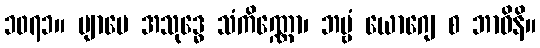
၁၀၇၁။ ဗျာပေ အသုဒ္ဓေ သံကိဏ္ဏော၊ ဘဗ္ဗံ ယောဂျေ စ ဘာဝိနိ။